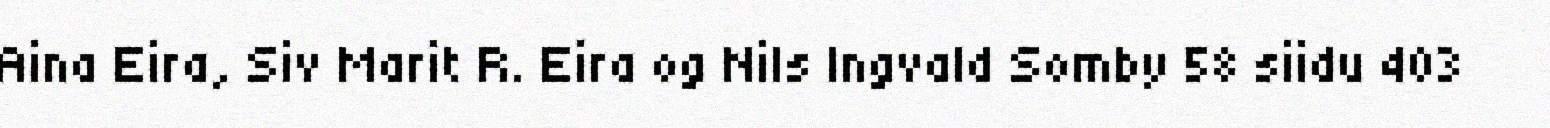
Aina Eira, Siv Marit R. Eira og Nils Ingvald Somby 58 siidu 403